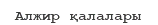
Алжир қалалары